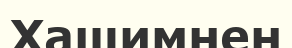
Хашимнен